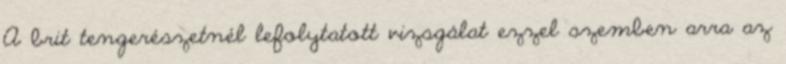
A brit tengerészetnél lefolytatott vizsgálat ezzel szemben arra az